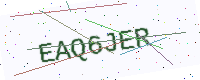
Text: EAQ6JER